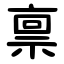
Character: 禀